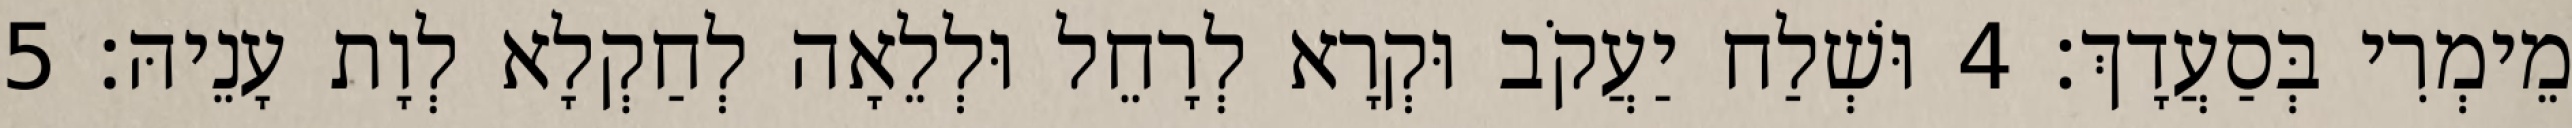
מֵימְרִי בְּסַעֲדָךְ׃ 4 וּשְׁלַח יַעֲקֹב וּקְרָא לְרָחֵל וּלְלֵאָה לְחַקְלָא לְוָת עָנֵיהּ׃ 5